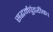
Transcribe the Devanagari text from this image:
सद्धर्मपुंडरीक।